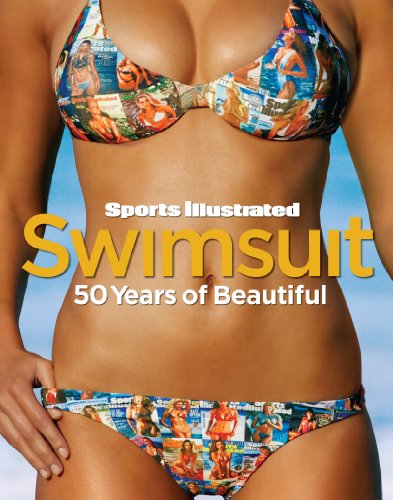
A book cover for Sports Illustrated Swimsuit: 50 Years of Beautiful; Editors of Sports Illustrated; Humor & Entertainment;